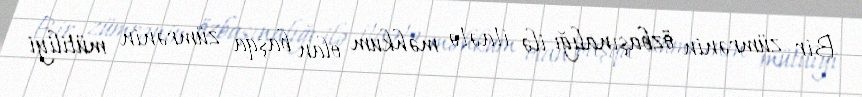
Bir zümrənin özbaşınalığı ilə itaətə məhkum olan başqa zümrənin mütiliyi